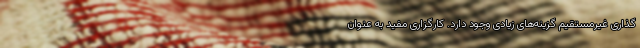
گذاری غیرمستقیم گزینه‌های زیادی وجود دارد. کارگزاری مفید به عنوان